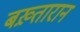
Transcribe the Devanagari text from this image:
बख़्तारान